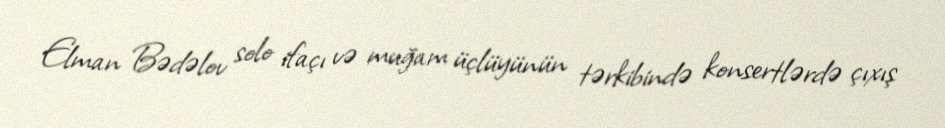
Elman Bədəlov solo ifaçı və muğam üçlüyünün tərkibində konsertlərdə çıxış